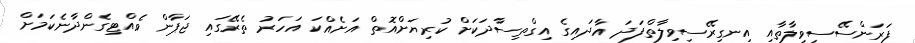
ފަރަންސޭސިވިލާތާއި އިނގިރޭސިވިލާތްފަދަ އާދައިގެ އިގްތިސާދަކަށް ކުރިޔަށްއޮތް އަށެއްކަ އަހަރު ތެރޭގައި ޖަޕާން ވެއްޓިގެންދާނެކަމަށް